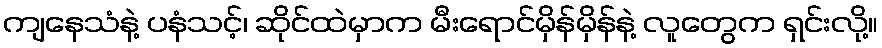
ကျနေသံနဲ့ ပနံသင့်၊ ဆိုင်ထဲမှာက မီးရောင်မှိန်မှိန်နဲ့ လူတွေက ရှင်းလို့။